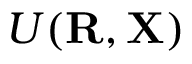
{ \cal U } ( { \bf R } , { \bf X } )